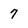
Character: 7